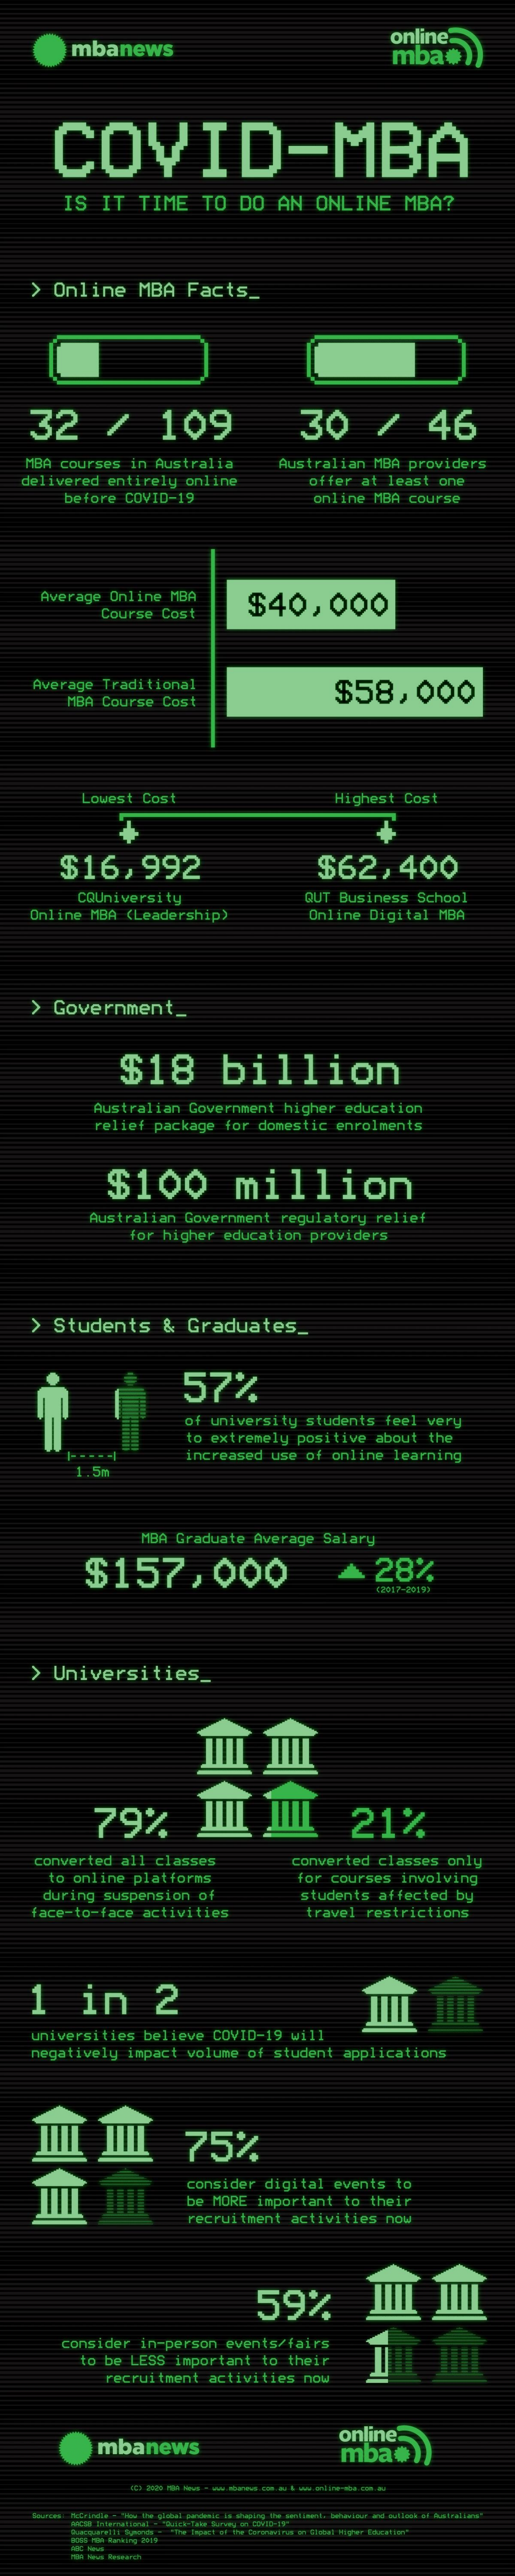
mbanews
     online
     mba+)
     COVID-MBA
     IS IT  TIME   TO  DO  AN  ONLINE   MBA?
   >  Online  MBA  Facts_
    32    /    109    30    /    46
   MBA courses in Australia  Australian MBA providers
  delivered entirely online    offer at least one
     before COVID-19    online MBA course
     Average Online MBA   $40,000
     Course Cost
    Average Traditional    $58,000
     MBA Course Cost
     Lowest Cost    Highest Cost
     $16,992    $62,400
     CQUniversity    QUT Business School
   Online MBA (Leadership)    Online Digital MBA
   > Government_
     $18    billion
     Australian Government higher education
     relief package for domestic enrolments
     $100    million
     Australian Government regulatory relief
     for higher education providers
   >  Students   & Graduates_
     57%
     of university students feel very
     to extremely positive about the
     increased use of online learning
     18A Graduate Average Salary
     $157,000    28%
     (2017-20191
   >  Universities_
     79%    血    血    21%
   converted all classes    converted classes only
     to online platforms
     during suspension of
     for courses involving
     students affected by
    face-to-face activities    travel restrictions
   1    in    2
    universities believe COVID-19 will
    negatively impact volume of student applications
    血    血    75%
    血    血
     consider digital events to
     be MORE important to their
     recruitment activities now
     59%    血    血
     consider in-person events/fairs
     to be LESS important to their
     recruitment activities now
     mbanews    online
     mba.